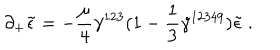
LaTeX: \partial _ { + } \tilde { \epsilon } = - \frac { \mu } { 4 } \gamma ^ { 1 2 3 } ( 1 - \frac { 1 } { 3 } \gamma ^ { 1 2 3 4 9 } ) \tilde { \epsilon } ~ .